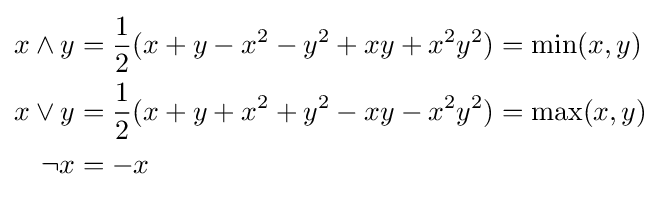
{\begin{aligned}x\wedge y&={\frac {1}{2}}(x+y-x^{2}-y^{2}+xy+x^{2}y^{2})=\min(x,y)\\x\vee y&={\frac {1}{2}}(x+y+x^{2}+y^{2}-xy-x^{2}y^{2})=\max(x,y)\\\neg x&=-x\end{aligned}}